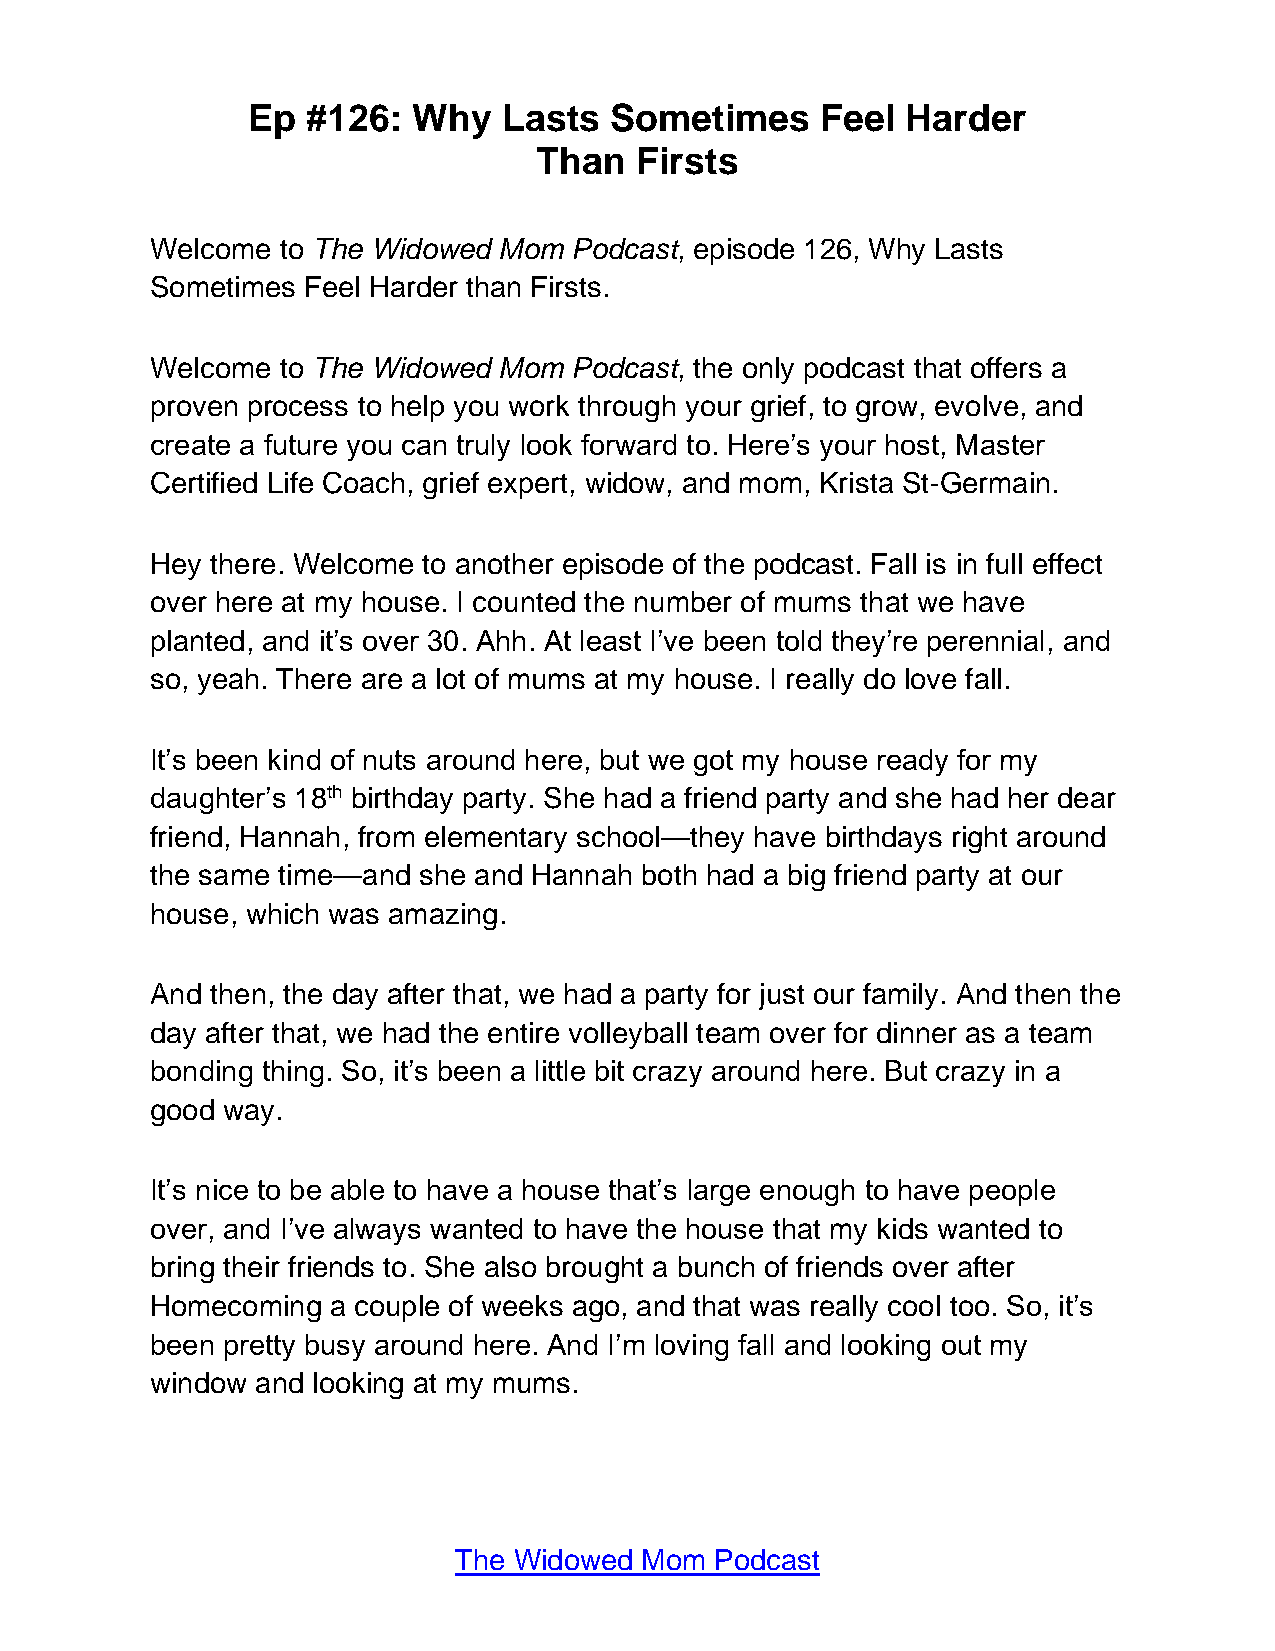
Ep  #126:  Why   Lasts  Sometimes     Feel  Harder
 Than  Firsts
 Welcome  to The Widowed Mom Podcast, episode 126, Why Lasts
 Sometimes Feel Harder than Firsts.
 Welcome  to The Widowed Mom Podcast, the only podcast that offers a
 proven process to help you work through your grief, to grow, evolve, and
 create a future you can truly look forward to. Here’s your host, Master
 Certified Life Coach, grief expert, widow, and mom, Krista St-Germain.
 Hey there. Welcome to another episode of the podcast. Fall is in full effect
 over here at my house. I counted the number of mums that we have
 planted, and it’s over 30. Ahh. At least I’ve been told they’re perennial, and
 so, yeah. There are a lot of mums at my house. I really do love fall.
 It’s been kind of nuts around here, but we got my house ready for my
 daughter’s 18th birthday party. She had a friend party and she had her dear
 friend, Hannah, from elementary school—they have birthdays right around
 the same time—and she and Hannah both had a big friend party at our
 house, which was amazing.
 And then, the day after that, we had a party for just our family. And then the
 day after that, we had the entire volleyball team over for dinner as a team
 bonding thing. So, it’s been a little bit crazy around here. But crazy in a
 good way.
 It’s nice to be able to have a house that’s large enough to have people
 over, and I’ve always wanted to have the house that my kids wanted to
 bring their friends to. She also brought a bunch of friends over after
 Homecoming  a couple of weeks ago, and that was really cool too. So, it’s
 been pretty busy around here. And I’m loving fall and looking out my
 window and looking at my mums.
 The Widowed Mom  Podcast